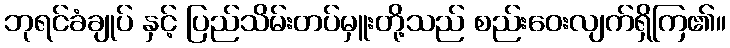
ဘုရင်ခံချုပ် နှင့် ပြည်သိမ်းတပ်မှူးတို့သည် စည်းဝေးလျက်ရှိကြ၏။